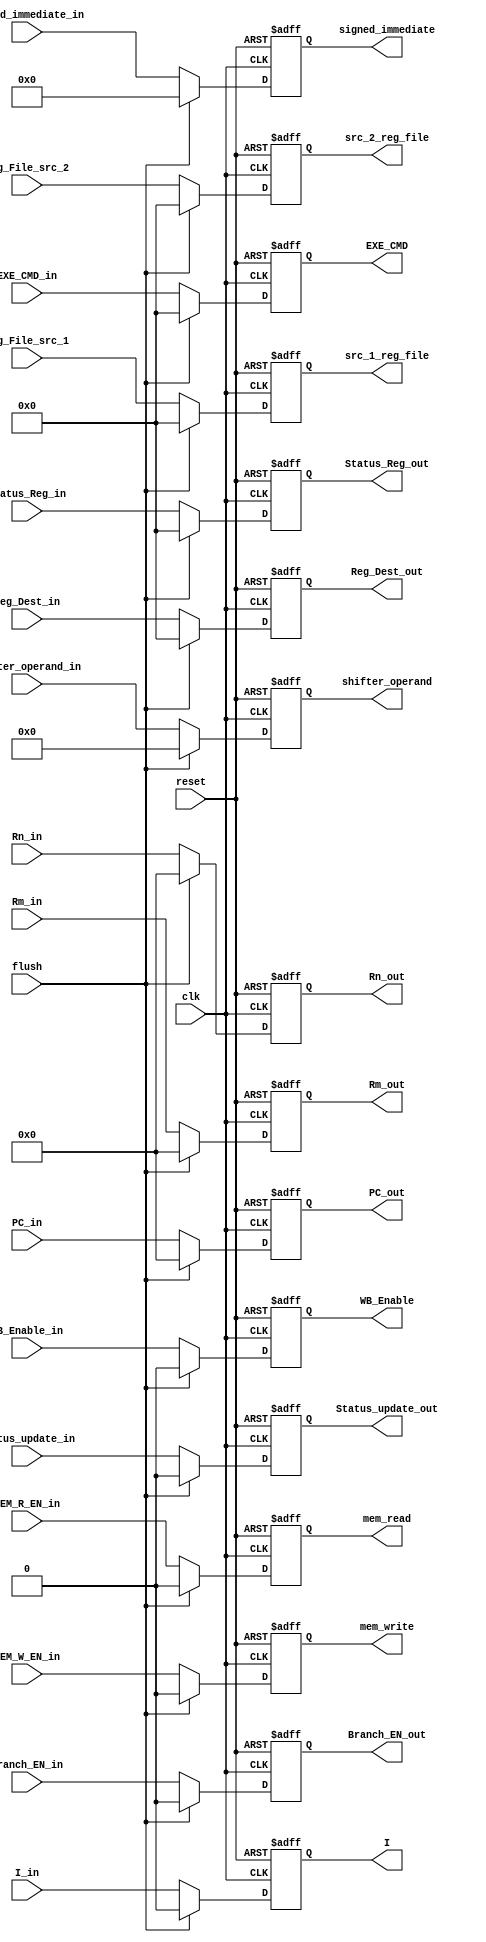
module ID_Stage_Reg(
    input clk, reset, flush, Status_update_in, Branch_EN_in, MEM_R_EN_in, MEM_W_EN_in, WB_Enable_in, I_in,
    input [3 : 0] EXE_CMD_in, Reg_Dest_in, Status_Reg_in, Reg_File_src_1, Reg_File_src_2,
    input [11 : 0] shifter_operand_in,
    input [23 : 0] signed_immediate_in,
    input [31 : 0] PC_in, Rn_in, Rm_in,
    output reg Status_update_out, Branch_EN_out, mem_read, mem_write, WB_Enable, I,
    output reg [3 : 0] EXE_CMD, Reg_Dest_out, Status_Reg_out, src_1_reg_file, src_2_reg_file,
    output reg [11 : 0] shifter_operand,
    output reg [23 : 0] signed_immediate,
    output reg [31 : 0] PC_out, Rn_out, Rm_out
);

    always @(posedge clk, posedge reset) begin
        if (reset) begin
            Status_update_out = 1'b0;
            Branch_EN_out = 1'b0;
            mem_read = 1'b0;
            mem_write = 1'b0;
            WB_Enable = 1'b0;
            I = 1'b0;
            EXE_CMD = 4'b0;
            Reg_Dest_out = 4'b0;
            Status_Reg_out = 4'b0;
	    src_1_reg_file = 4'b0;
	    src_2_reg_file = 4'b0;
            shifter_operand = 12'b0;
            signed_immediate = 24'b0;
            PC_out = 32'b0;
            Rn_out = 32'b0;
            Rm_out = 32'b0;
        end
		  else if (flush) begin
            Status_update_out = 1'b0;
            Branch_EN_out = 1'b0;
            mem_read = 1'b0;
            mem_write = 1'b0;
            WB_Enable = 1'b0;
            I = 1'b0;
            EXE_CMD = 4'b0;
            Reg_Dest_out = 4'b0;
            Status_Reg_out = 4'b0;
	    src_1_reg_file = 4'b0;
	    src_2_reg_file = 4'b0;
            shifter_operand = 12'b0;
            signed_immediate = 24'b0;
            PC_out = 32'b0;
            Rn_out = 32'b0;
            Rm_out = 32'b0;
        end
        else begin
            Status_update_out = Status_update_in;
            Branch_EN_out = Branch_EN_in;
            mem_read = MEM_R_EN_in;
            mem_write = MEM_W_EN_in;
            WB_Enable = WB_Enable_in;
            I = I_in;
            EXE_CMD = EXE_CMD_in;
            Reg_Dest_out = Reg_Dest_in;
            Status_Reg_out = Status_Reg_in;
	    src_1_reg_file = Reg_File_src_1;
	    src_2_reg_file = Reg_File_src_2;
            shifter_operand = shifter_operand_in;
            signed_immediate = signed_immediate_in;
            PC_out = PC_in;
            Rn_out = Rn_in;
            Rm_out = Rm_in;
        end
    end

endmodule